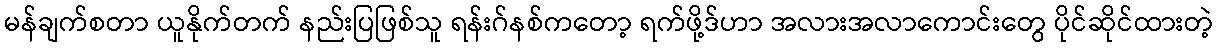
မန်ချက်စတာ ယူနိုက်တက် နည်းပြဖြစ်သူ ရန်းဂ်နစ်ကတော့ ရက်ဖို့ဒ်ဟာ အလားအလာကောင်းတွေ ပိုင်ဆိုင်ထားတဲ့